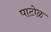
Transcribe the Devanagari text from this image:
पाटोळ